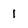
Character: 1